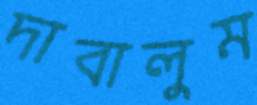
দাবালুম